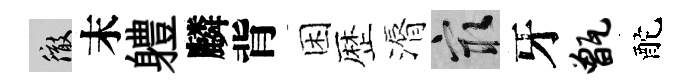
徹末軆麟背困歴漘冣牙甑酡